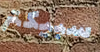
سبيكتر